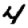
Digit: 4